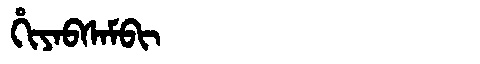
Manchu: ᡥᡳᠶᠠᠪᠰᠠᠮᠪᡳ
Romanization: HIYABSAMBI